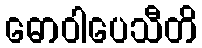
ဓောဝါပေသီတိ